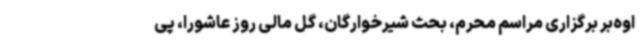
اوه‌بر برگزاری مراسم محرم، بحث شیرخوارگان، گل مالی روز عاشورا، پی